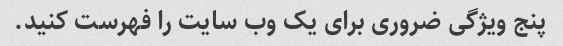
پنج ویژگی ضروری برای یک وب سایت را فهرست کنید.